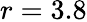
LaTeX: r=3.8